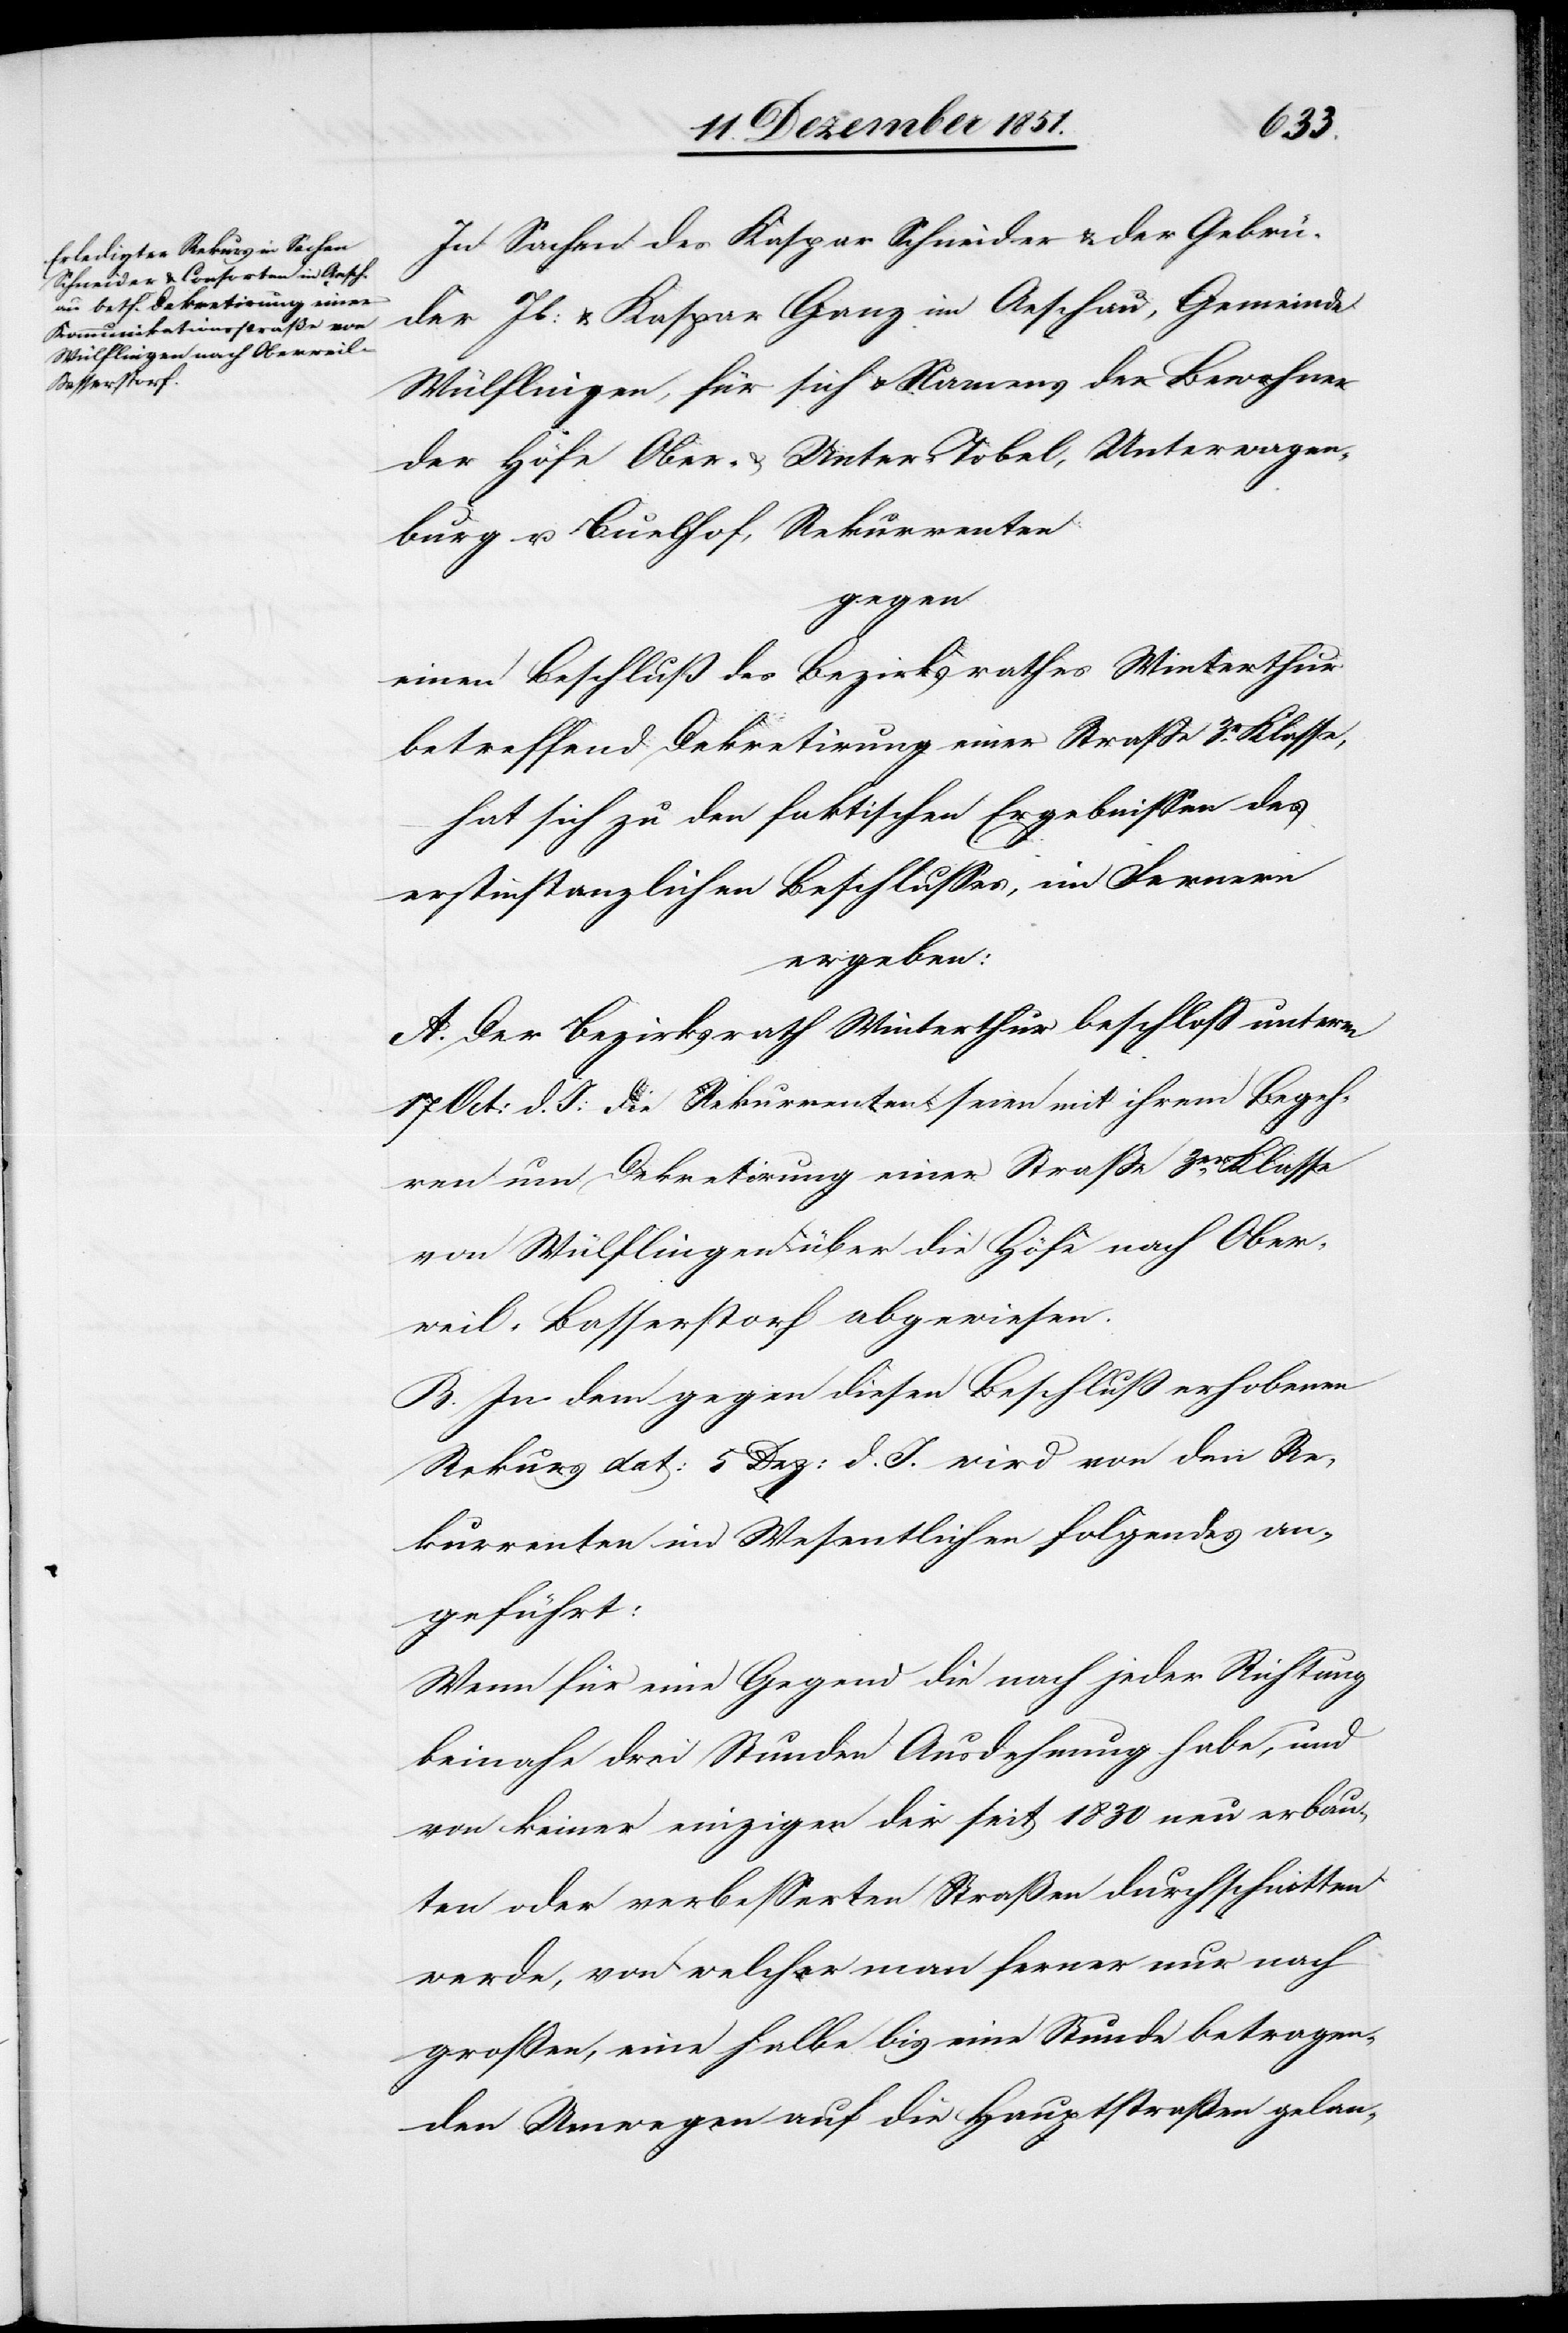
In Sachen des Kaspar Schneider & der Gebrü¬
der Jb: & Kaspar Ganz im Aeschau, Gemeinde
Wülflingen, für sich & Namens der Bewohner
der Höfe Ober- & Unter-Tobel, Unterwagen¬
burg u. Buelhof, Rekurrenten
gegen
einen Beschluß des Bezirksrathes Winterthur
betreffend Dekretirung einer Straße 3r. Klasse,
hat sich zu den faktischen Ergebnissen des
erstinstanzlichen Beschlusses, im Fernern
ergeben:
A. Der Bezirksrath Winterthur beschloß unterm
17 Oct: d. J: die Rekurrenten seien mit ihrem Begeh¬
ren um Dekretirung einer Straße 3er. Klasse
von Wülflingen über die Höfe nach Ober¬
weil-Basserstorf abgewiesen.
B. In dem gegen diesen Beschluß erhobenen
Rekurs dat: 5 Dez: d. J. wird von den Re¬
kurrenten im Wesentlichen folgendes an¬
geführt:
Wenn für eine Gegend die nach jeder Richtung
beinahe drei Stunden Ausdehnung habe, und
von keiner einzigen der seit 1830 neu erbau¬
ten oder verbesserten Straßen durchschnitten
werde, von welcher man ferner nur nach
großen, eine halbe bis eine Stunde betragen¬
den Umwegen auf die Hauptstraßen gelan-